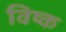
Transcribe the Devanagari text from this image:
विष्क